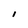
Character: l